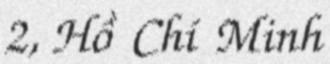
2, Hồ Chí Minh